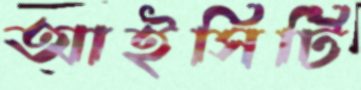
আইসিটি